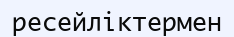
ресейліктермен